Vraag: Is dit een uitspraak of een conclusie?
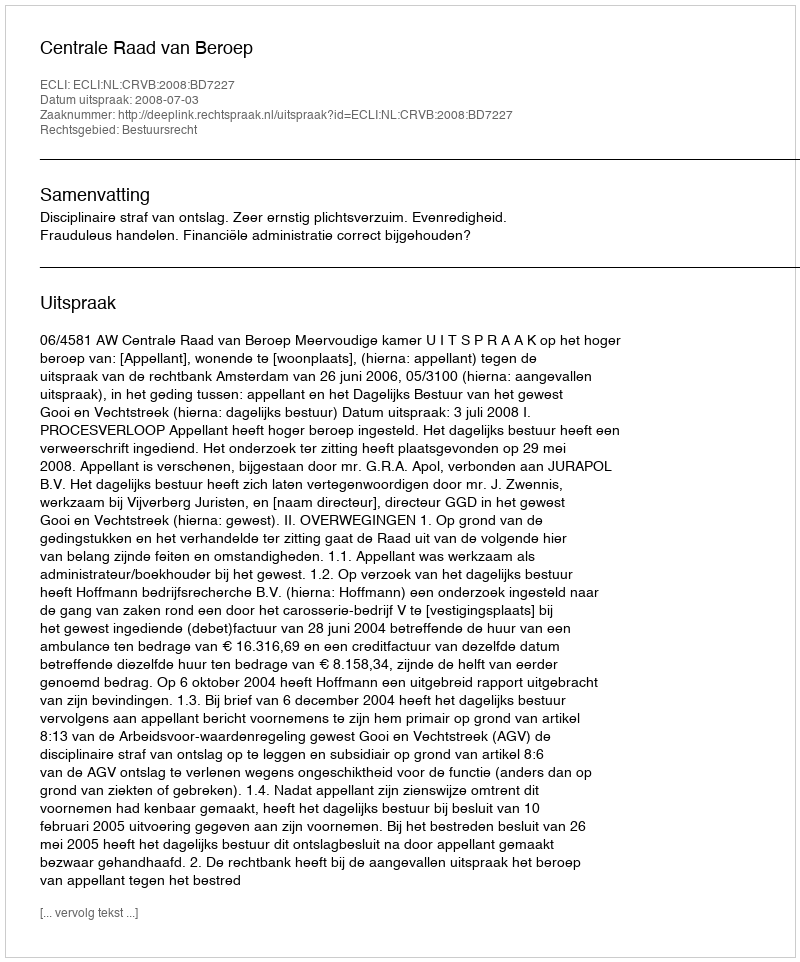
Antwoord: Uitspraak